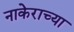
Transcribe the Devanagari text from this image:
नाकेराच्या